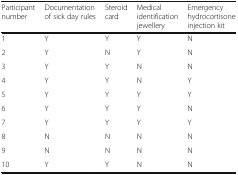
<table><thead><tr><td><b>Participant number</b></td><td><b>Documentation of sick day rules</b></td><td><b>Steroid card</b></td><td><b>Medical identification jewellery</b></td><td><b>Emergency hydrocortisone injection kit</b></td></tr></thead><tbody><tr><td>1</td><td>Y</td><td>Y</td><td>Y</td><td>N</td></tr><tr><td>2</td><td>Y</td><td>N</td><td>Y</td><td>N</td></tr><tr><td>3</td><td>Y</td><td>Y</td><td>N</td><td>N</td></tr><tr><td>4</td><td>Y</td><td>Y</td><td>N</td><td>Y</td></tr><tr><td>5</td><td>Y</td><td>Y</td><td>Y</td><td>Y</td></tr><tr><td>6</td><td>Y</td><td>Y</td><td>Y</td><td>N</td></tr><tr><td>7</td><td>Y</td><td>Y</td><td>Y</td><td>Y</td></tr><tr><td>8</td><td>N</td><td>N</td><td>N</td><td>N</td></tr><tr><td>9</td><td>N</td><td>N</td><td>N</td><td>N</td></tr><tr><td>10</td><td>Y</td><td>Y</td><td>N</td><td>N</td></tr></tbody></table>